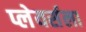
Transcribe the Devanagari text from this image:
प्लेयर्सला